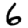
Digit: 6